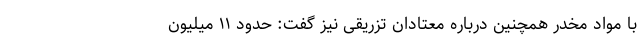
با مواد مخدر همچنین درباره معتادان تزریقی نیز گفت: حدود ۱۱ میلیون